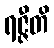
ရဇ္ဇီတိ